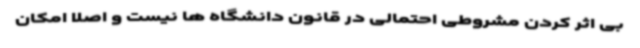
بی اثر کردن مشروطی احتمالی در قانون دانشگاه ها نیست و اصلاً امکان